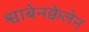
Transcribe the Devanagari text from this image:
श्वाबेनक्वेलेन